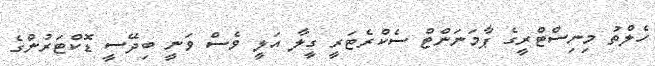
ހެލްތު މިނިސްޓްރީގެ ޕާމަނަންޓް ސެކްރެޓަރީ ގީލާ އަލީ ވެސް ވަނީ ބިދޭސީ ޑޮކްޓަރުންގެ